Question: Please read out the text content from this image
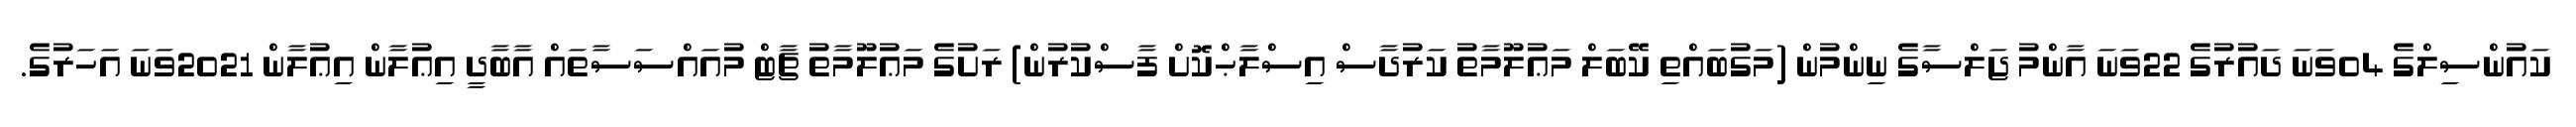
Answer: ކައުންސިލްގެ 04ވަނަ ދައުރުގެ 22ވަނަ އާންމު ޖަލްސާގެ ނިންމުން (މަގުބައްތި ކޭބަލް މަޢުލޫމާތު ކަރުދާސް އިސްލާޙްކޮށް ފާސްކުރުން) ރަށުގެ މަޢުލޫމާތު ޗާޓް މުއައްސަސާތައް އާބާދީ އިޢުލާން އިޢުލާން 2021ވަނަ އަހަރުގެ.